Leaving Certificate Examination (including Day School Certificate (Higher) General paper), 1928
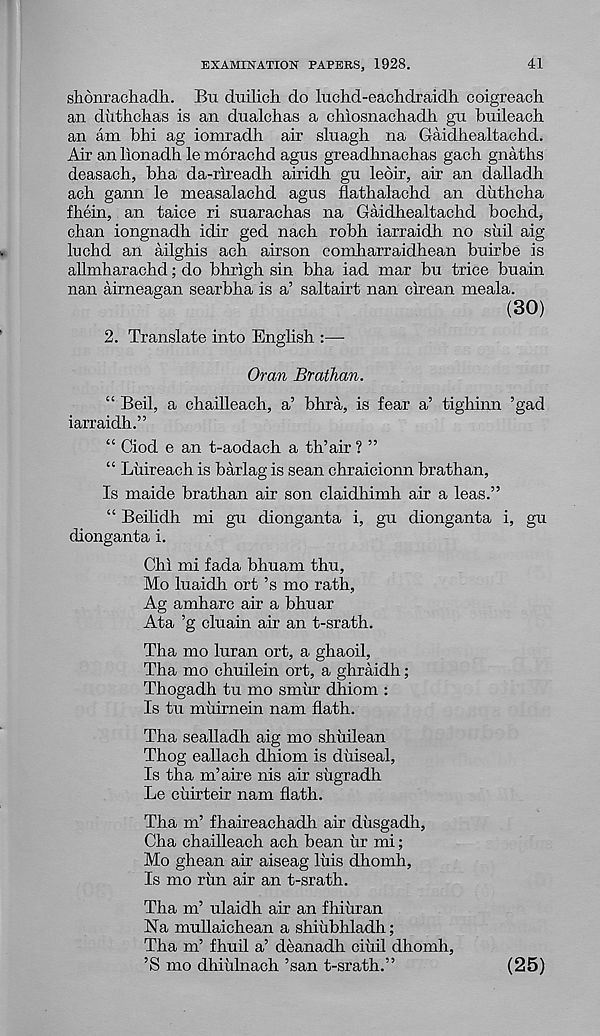
EXAMINATION PAPERS, 1928.
41
shonrachadh. Bu dtrilich do luclid-eaclidraidh coigreach
an diithohas is an dualchas a chiosnachadh gu buileach
an am bhi ag iomradh air sluagh na Gaidhealtachd.
Air an lionadh le morachd agus greadhnachas gach gnaths
deasach, bha da-rii-eadh airidh gu leoir, air an dalladh
acb gann le measalachd agus flathalachd an diithcha
fhein, an taice ri suarachas na Gaidhealtachd bochd,
chan iongnadh idir ged nach robh iarraidh no siiil aig
luchd an ailghis ach airson comharraidhean buirbe is
allmharachd; do bhrigh sin bha iad mar bu trice buain
nan airneagan searbha is a’ saltairt nan cirean meala.
(30)
2. Translate into English :—
Oran Braihan.
“ Beil, a chailleach, a’ bhra, is fear a’ tighinn ’gad
iarraidh.”
“ Ciod e an t-aodach a th’air ? ”
“ Luireach is barlag is sean chraicionn brathan,
Is maide brathan air son claidhimh air a leas.”
“ Beilidh mi gu dionganta i, gu dionganta i, gu
dionganta i.
Chi mi fada bhuam thu,
Mo luaidh, ort ’s mo rath,
Ag amharc air a bhuar
Ata ’g cluain air an t-srath.
Tha mo luran ort, a ghaoil,
Tha mo chuilein ort, a ghraidh;
Thogadh tu mo smiir dhiom :
Is tu miiirnein nam hath.
Tha sealladh aig mo shuilean
Thog eallach dhiom is diiiseal,
Is tha m’aire nis air siigradh
Le ciiirteir nam hath.
Tha m’ fhaireachadh air diisgadh,
Cha chailleach ach bean ur mi;
Mo ghean air aiseag lids dhomh,
Is mo rim air an t-srath.
Tha m’ ulaidh air an fhiiiran
Na mullaichean a shiiibhladh;
Tha m’ fhuil a’ deanadh ciiiil dhomh,
’S mo dhiiilnach ’san t-srath.”
(25)